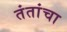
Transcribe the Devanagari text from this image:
तंतांचा